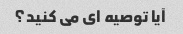
آیا توصیه ای می کنید؟